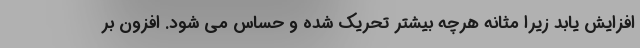
افزایش یابد زیرا مثانه هرچه بیشتر تحریک شده و حساس می شود. افزون بر